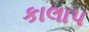
કાલાપ